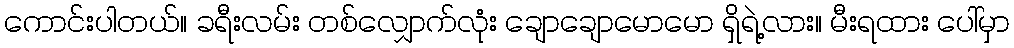
ကောင်းပါတယ်။ ခရီးလမ်း တစ်လျှောက်လုံး ချောချောမောမော ရှိရဲ့လား။ မီးရထား ပေါ်မှာ